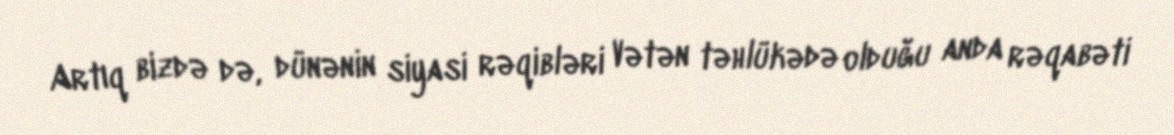
Artıq bizdə də, dünənin siyasi rəqibləri Vətən təhlükədə olduğu anda rəqabəti